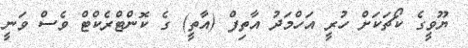
ޔޫވީގެ ކޯޗަކަށް ހުރީ އަހްމަދު އާތިފް (އާތީ) ގެ ކޮންޓްރެކްޓް ވެސް ވަނީ